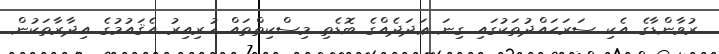
ރުވާންޑާގެ އެކި ސަރަޙައްދުތަކުގައި ގިނަ ޢަދަދެއްގެ ބޮޑެތި މިސްކިތްތައް ހުރިއިރު އެޤައުމުގެ އިދާރާތަކުން